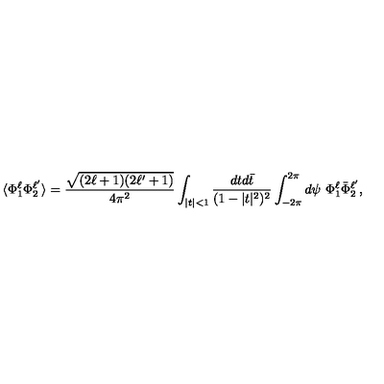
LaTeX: \langle \Phi _ { 1 } ^ { \ell } \Phi _ { 2 } ^ { \ell ^ { \prime } } \rangle = \frac { \sqrt { ( 2 \ell + 1 ) ( 2 \ell ^ { \prime } + 1 ) } } { 4 \pi ^ { 2 } } \int _ { | t | < 1 } \frac { d t d \bar { t } } { ( 1 - | t | ^ { 2 } ) ^ { 2 } } \int _ { - 2 \pi } ^ { 2 \pi } d \psi \ \Phi _ { 1 } ^ { \ell } \bar { \Phi } _ { 2 } ^ { \ell ^ { \prime } } ,